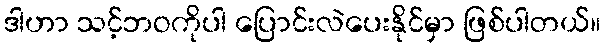
ဒါဟာ သင့်ဘဝကိုပါ ပြောင်းလဲပေးနိုင်မှာ ဖြစ်ပါတယ်။